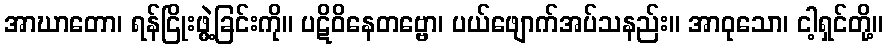
အာဃာတော၊ ရန်ငြိုးဖွဲ့ခြင်းကို။ ပဋိဝိနေတဗ္ဗော၊ ပယ်ဖျောက်အပ်သနည်း။ အာဝုသော၊ ငါ့ရှင်တို့။